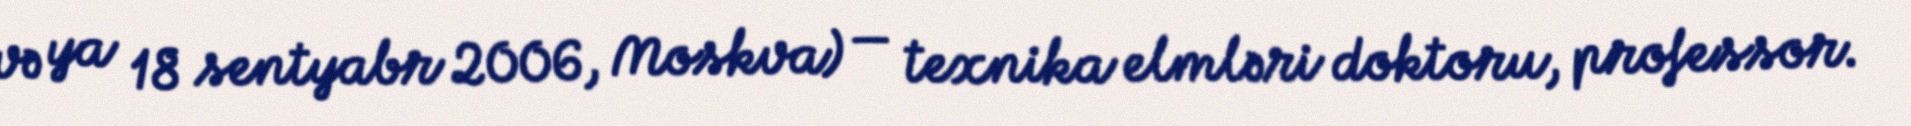
və ya 18 sentyabr 2006, Moskva) — texnika elmləri doktoru, professor.